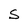
Character: S